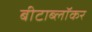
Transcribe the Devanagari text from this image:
बीटाब्लॉकर